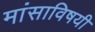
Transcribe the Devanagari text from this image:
मांसाविषयी